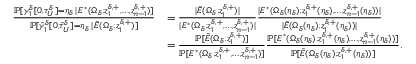
\begin{array} { r l } { \frac { \mathbb { P } [ \gamma _ { 1 } ^ { \delta } [ 0 , \tau _ { U } ^ { \delta } ] = \eta _ { \delta } \, | \, E ^ { * } ( \Omega _ { \delta } ; z _ { 1 } ^ { \delta , + } , \ldots , z _ { n - 1 } ^ { \delta , + } ) ] } { \mathbb { P } [ \tilde { \gamma } _ { 1 } ^ { \delta } [ 0 , \tilde { \tau } _ { U } ^ { \delta } ] = \eta _ { \delta } \, | \, \tilde { E } ( \Omega _ { \delta } ; z _ { 1 } ^ { \delta , + } ) ] } } & { = \frac { | \tilde { E } ( \Omega _ { \delta } ; z _ { 1 } ^ { \delta , + } ) | } { | E ^ { * } ( \Omega _ { \delta } ; z _ { 1 } ^ { \delta , + } , \ldots , z _ { n - 1 } ^ { \delta , + } ) | } \frac { | E ^ { * } ( \Omega _ { \delta } ( \eta _ { \delta } ) ; z _ { 1 } ^ { \delta , + } ( \eta _ { \delta } ) , \ldots , z _ { n - 1 } ^ { \delta , + } ( \eta _ { \delta } ) ) | } { | \tilde { E } ( \Omega _ { \delta } ( \eta _ { \delta } ) ; z _ { 1 } ^ { \delta , + } ( \eta _ { \delta } ) ) | } } \\ & { = \frac { \mathbb { P } [ \tilde { E } ( \Omega _ { \delta } ; z _ { 1 } ^ { \delta , + } ) ] } { \mathbb { P } [ E ^ { * } ( \Omega _ { \delta } ; z _ { 1 } ^ { \delta , + } , \ldots , z _ { n - 1 } ^ { \delta , + } ) ] } \frac { \mathbb { P } [ E ^ { * } ( \Omega _ { \delta } ( \eta _ { \delta } ) ; z _ { 1 } ^ { \delta , + } ( \eta _ { \delta } ) , \ldots , z _ { n - 1 } ^ { \delta , + } ( \eta _ { \delta } ) ) ] } { \mathbb { P } [ \tilde { E } ( \Omega _ { \delta } ( \eta _ { \delta } ) ; z _ { 1 } ^ { \delta , + } ( \eta _ { \delta } ) ) ] } . } \end{array}